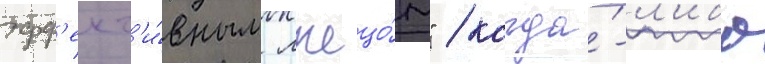
эфф'ект'и́вным лжецо́м" / когда́-л'ибо